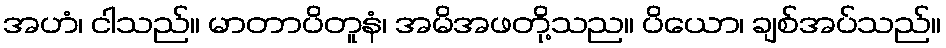
အဟံ၊ ငါသည်။ မာတာပိတူနံ၊ အမိအဖတို့သည။ ပိယော၊ ချစ်အပ်သည်။